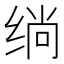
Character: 绱